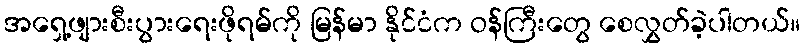
အရှေ့ဖျားစီးပွားရေးဖိုရမ်ကို မြန်မာ နိုင်ငံက ဝန်ကြီးတွေ စေလွှတ်ခဲ့ပါတယ်။